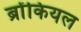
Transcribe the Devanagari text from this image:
ब्रोंकियल